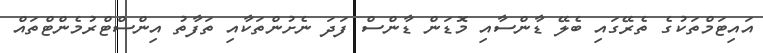
އައިޓަމްތަކުގެ ތެރޭގައި ބެލޭ ޑާންސާއި މޮޑަން ޑާންސް ފަދަ ނެށުންތަކާއި ތަފާތު އިންސްޓްރުމެންޓްތައް